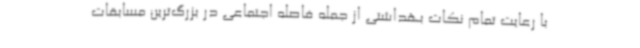
با رعایت تمام نکات بهداشتی از جمله فاصله اجتماعی در بزرگ‌ترین مسابقات